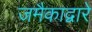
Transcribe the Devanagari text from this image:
जमैकाद्वारे